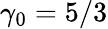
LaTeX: \gamma_{0}=5/3